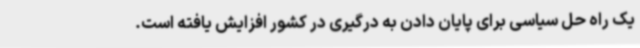
یک راه حل سیاسی برای پایان دادن به درگیری در کشور افزایش یافته است.